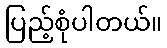
ပြည့်စုံပါတယ်။